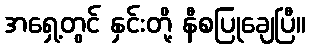
အရှေ့တွင် နှင်းတို့ နီစပြုချေပြီ။